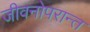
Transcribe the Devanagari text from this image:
जीवनोपरान्त